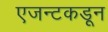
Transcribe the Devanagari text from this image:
एजन्टकडून